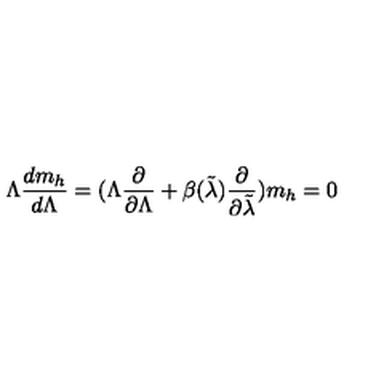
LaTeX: \Lambda { \frac { d m _ { h } } { d \Lambda } } = ( \Lambda { \frac { \partial } { \partial \Lambda } } + \beta ( \tilde { \lambda } ) { \frac { \partial } { \partial \tilde { \lambda } } } ) m _ { h } = 0